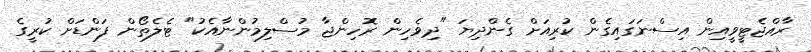
ރާއްޖެޓީވީއިން އިސްނަގައިގެން ކުރިއަށް ގެންދިޔަ "ދިވެހިން ރޮހިންޖާ މުސްލިމުންނާއެކު" ޓެލެތޯން ފަންޑަށް ކުރީގެ